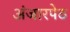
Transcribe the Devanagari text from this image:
अंजारपेठ